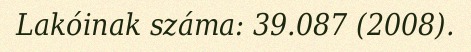
Lakóinak száma: 39.087 (2008).